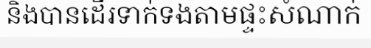
និងបានដើរទាក់ទងតាមផ្ទះសំណាក់